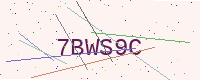
Text: 7BWS9C